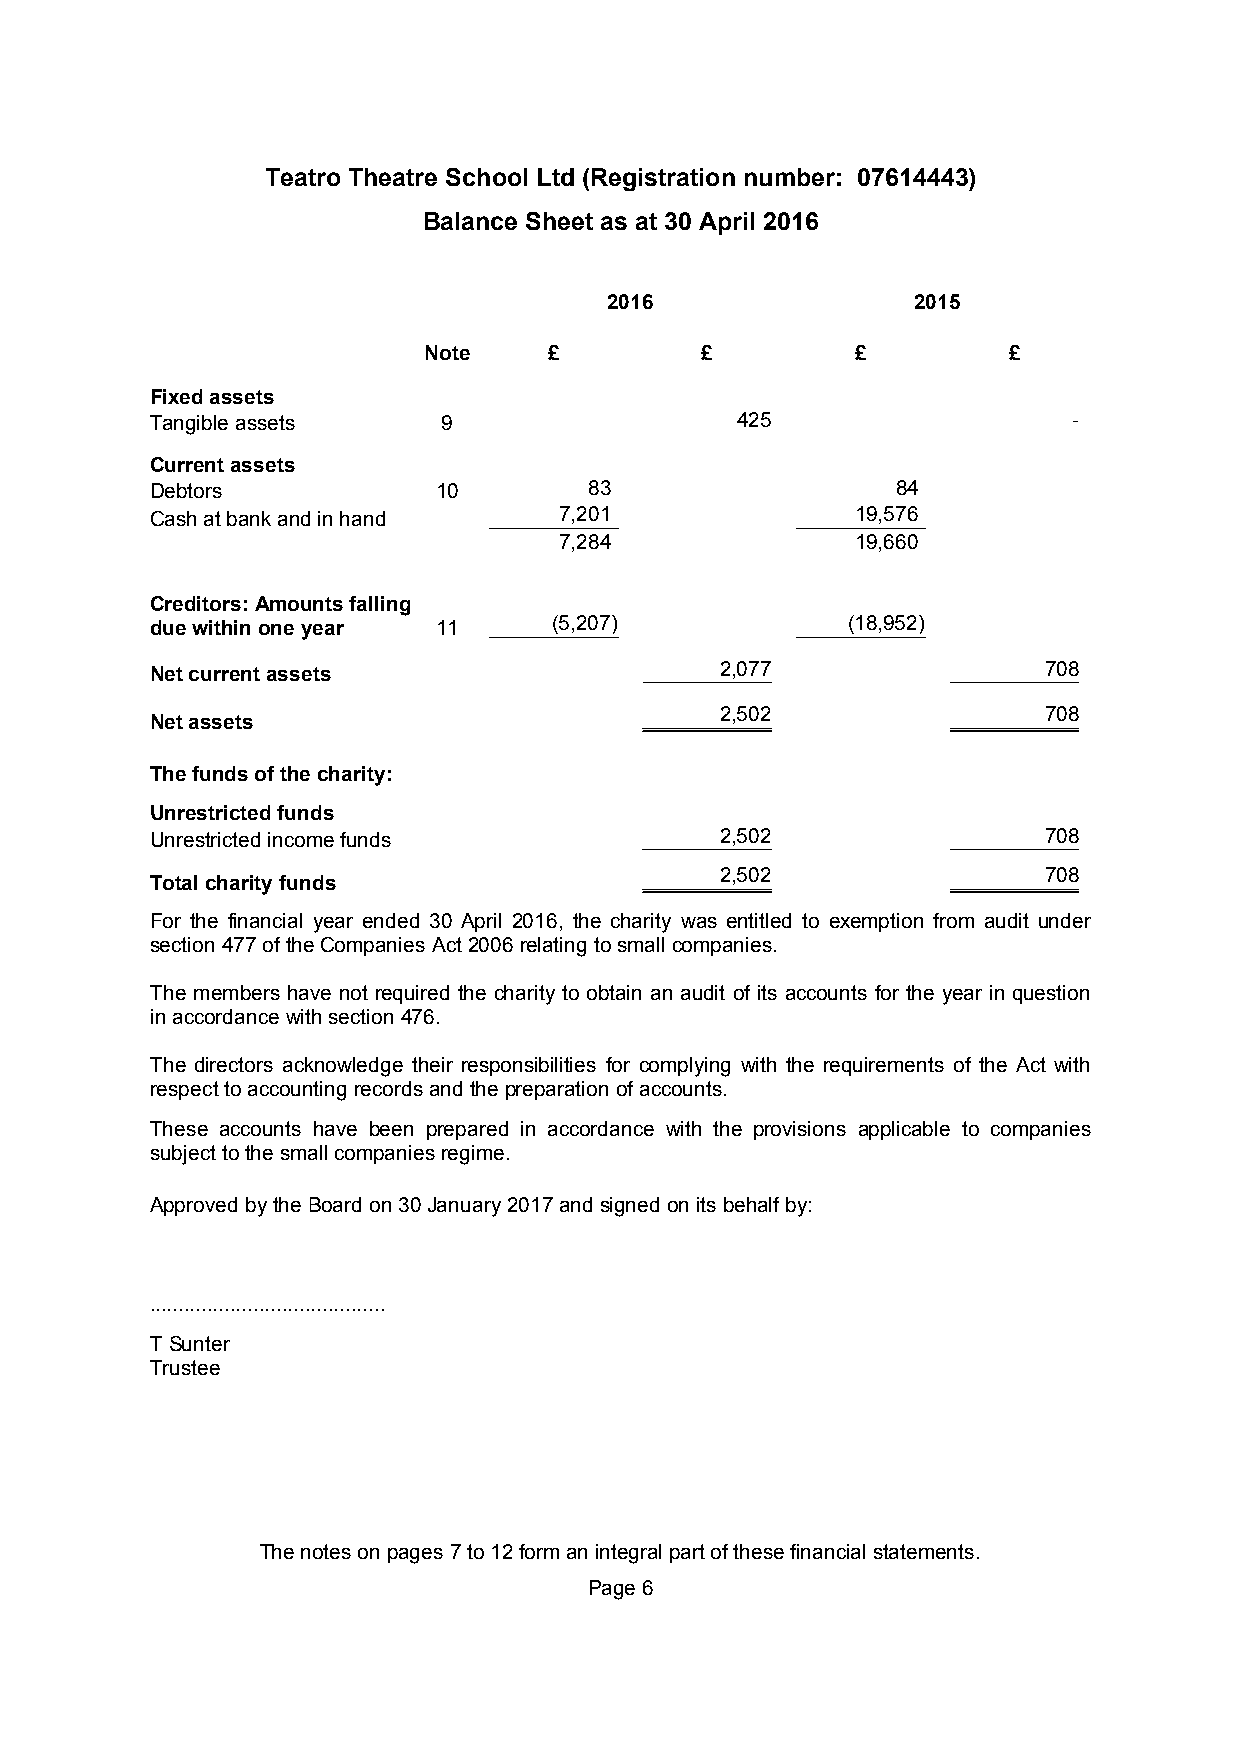
Teatro Theatre School Ltd (Registration number: 07614443)
 Balance Sheet as at 30 April 2016
 2016                2015
 Note    £         £          £         £
 Fixed assets
 Tangible assets    9                   425                   -
 Current assets
 Debtors            10        83                  84
 Cash at bank and in hand   7,201               19,576
 7,284               19,660
 Creditors: Amounts falling
 due within one year 11     (5,207)            (18,952)
 Net current assets                    2,077                708
 2,502                708
 Net assets
 The funds of the charity:
 Unrestricted funds
 Unrestricted income funds             2,502                708
 2,502                708
 Total charity funds
 For the financial year ended 30 April 2016, the charity was entitled to exemption from audit under
 section477oftheCompaniesAct2006relatingtosmallcompanies.
 The members have not required the charity to obtain an audit of its accounts for the year in question
 inaccordancewith section476.
 The directors acknowledge their responsibilities for complying with the requirements of the Act with
 respecttoaccountingrecordsandthepreparationofaccounts.
 These accounts have been prepared in accordance with the provisions applicable to companies
 subjecttothesmallcompaniesregime.
 Approved bytheBoardon30January2017andsignedonitsbehalfby:
 .........................................
 TSunter
 Trustee
 The notes onpages7to12form an integral part of these financial statements.
 Page6